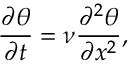
\frac { \partial \theta } { \partial t } = \nu \frac { \partial ^ { 2 } \theta } { \partial x ^ { 2 } } ,